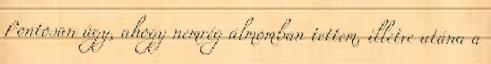
Pontosan úgy, ahogy nemrég álmomban tettem, illetve utána a